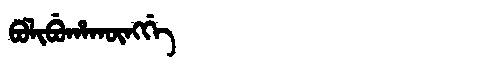
Manchu: ᠪᠣᠯᡳᠪᡠᡥᠠᡴᡡᠩᡤᡝ
Romanization: BOLIBUHAKŪNGGE